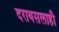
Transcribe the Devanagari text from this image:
दरायसलाही